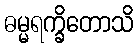
ဓမ္မရက္ခိတောသိ